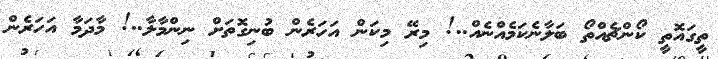
ތީގައޮތީ ކޯންޗެއްތޯ ބަލާނެކަމެއްނެއް..! މިރޭ މިކަން އަހަރެން ބުނިގޮތަށް ނިންމާލާ..! މާދަމާ އަހަރެން